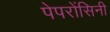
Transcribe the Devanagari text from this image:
पेपरोंसिनी